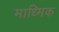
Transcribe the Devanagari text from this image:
माध्मिक